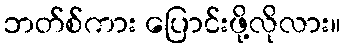
ဘတ်စ်ကား ပြောင်းဖို့လိုလား။